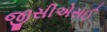
જીસીએસઈ